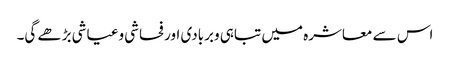
اس سے معاشرہ میں تباہی وبربادی اورفحاشی وعیاشی بڑھے گی۔